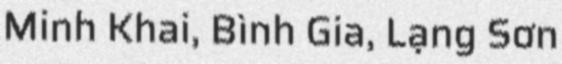
Minh Khai, Bình Gia, Lạng Sơn